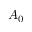
A _ { 0 }